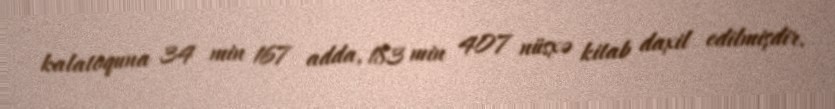
kalatoquna 34 min 167 adda, 183 min 407 nüsxə kitab daxil edilmişdir.